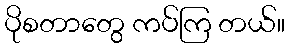
ပိုစတာတွေ ကပ်ကြ တယ်။